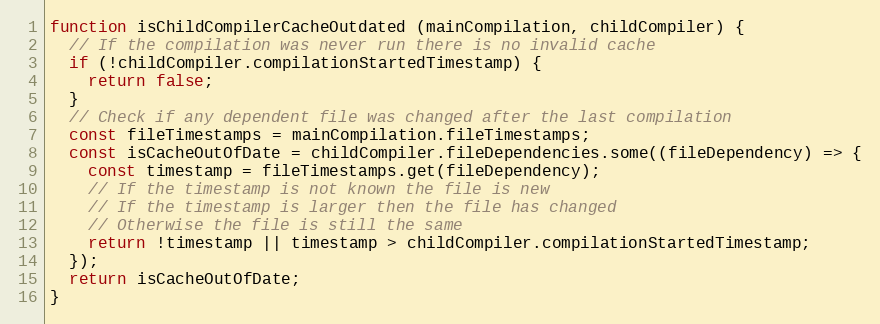
Language: JavaScript
function isChildCompilerCacheOutdated (mainCompilation, childCompiler) {
  // If the compilation was never run there is no invalid cache
  if (!childCompiler.compilationStartedTimestamp) {
    return false;
  }
  // Check if any dependent file was changed after the last compilation
  const fileTimestamps = mainCompilation.fileTimestamps;
  const isCacheOutOfDate = childCompiler.fileDependencies.some((fileDependency) => {
    const timestamp = fileTimestamps.get(fileDependency);
    // If the timestamp is not known the file is new
    // If the timestamp is larger then the file has changed
    // Otherwise the file is still the same
    return !timestamp || timestamp > childCompiler.compilationStartedTimestamp;
  });
  return isCacheOutOfDate;
}